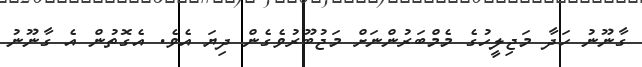
ގާނޫނު ހަދާ މަޖިލީހުގެ މެމްބަރުންނަށް މަޖުބޫރުވެގެން ދިޔަ އެވެ. އެގޮތުން އެ ގާނޫނު